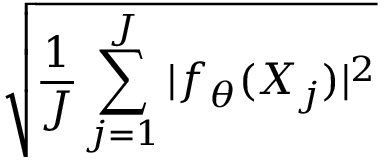
\sqrt { \frac { 1 } { J } \sum _ { j = 1 } ^ { J } | f _ { \theta } ( X _ { j } ) | ^ { 2 } }